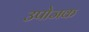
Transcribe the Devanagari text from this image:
उपोजक